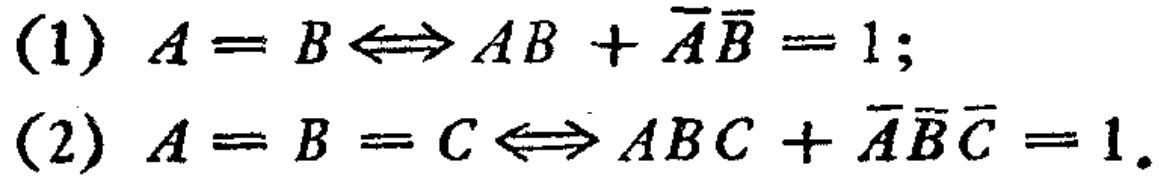
(1) \(A = B \Leftrightarrow AB+\overline{A}\overline{B}=1\);

(2) \(A = B = C \Leftrightarrow ABC+\overline{A}\overline{B}\overline{C}=1\).